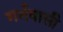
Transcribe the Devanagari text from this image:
गर्भवासी